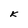
Character: K